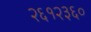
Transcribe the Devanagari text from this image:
२६१२३६०